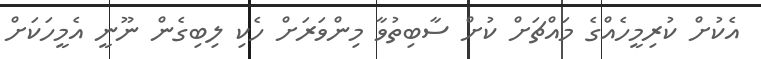
އެކުށް ކުރިމީހެއްގެ މައްޗަށް ކުށް ސާބިތުވާ މިންވަރަށް ހެކި ލިބިގެން ނޫނީ އެމީހަކަށް